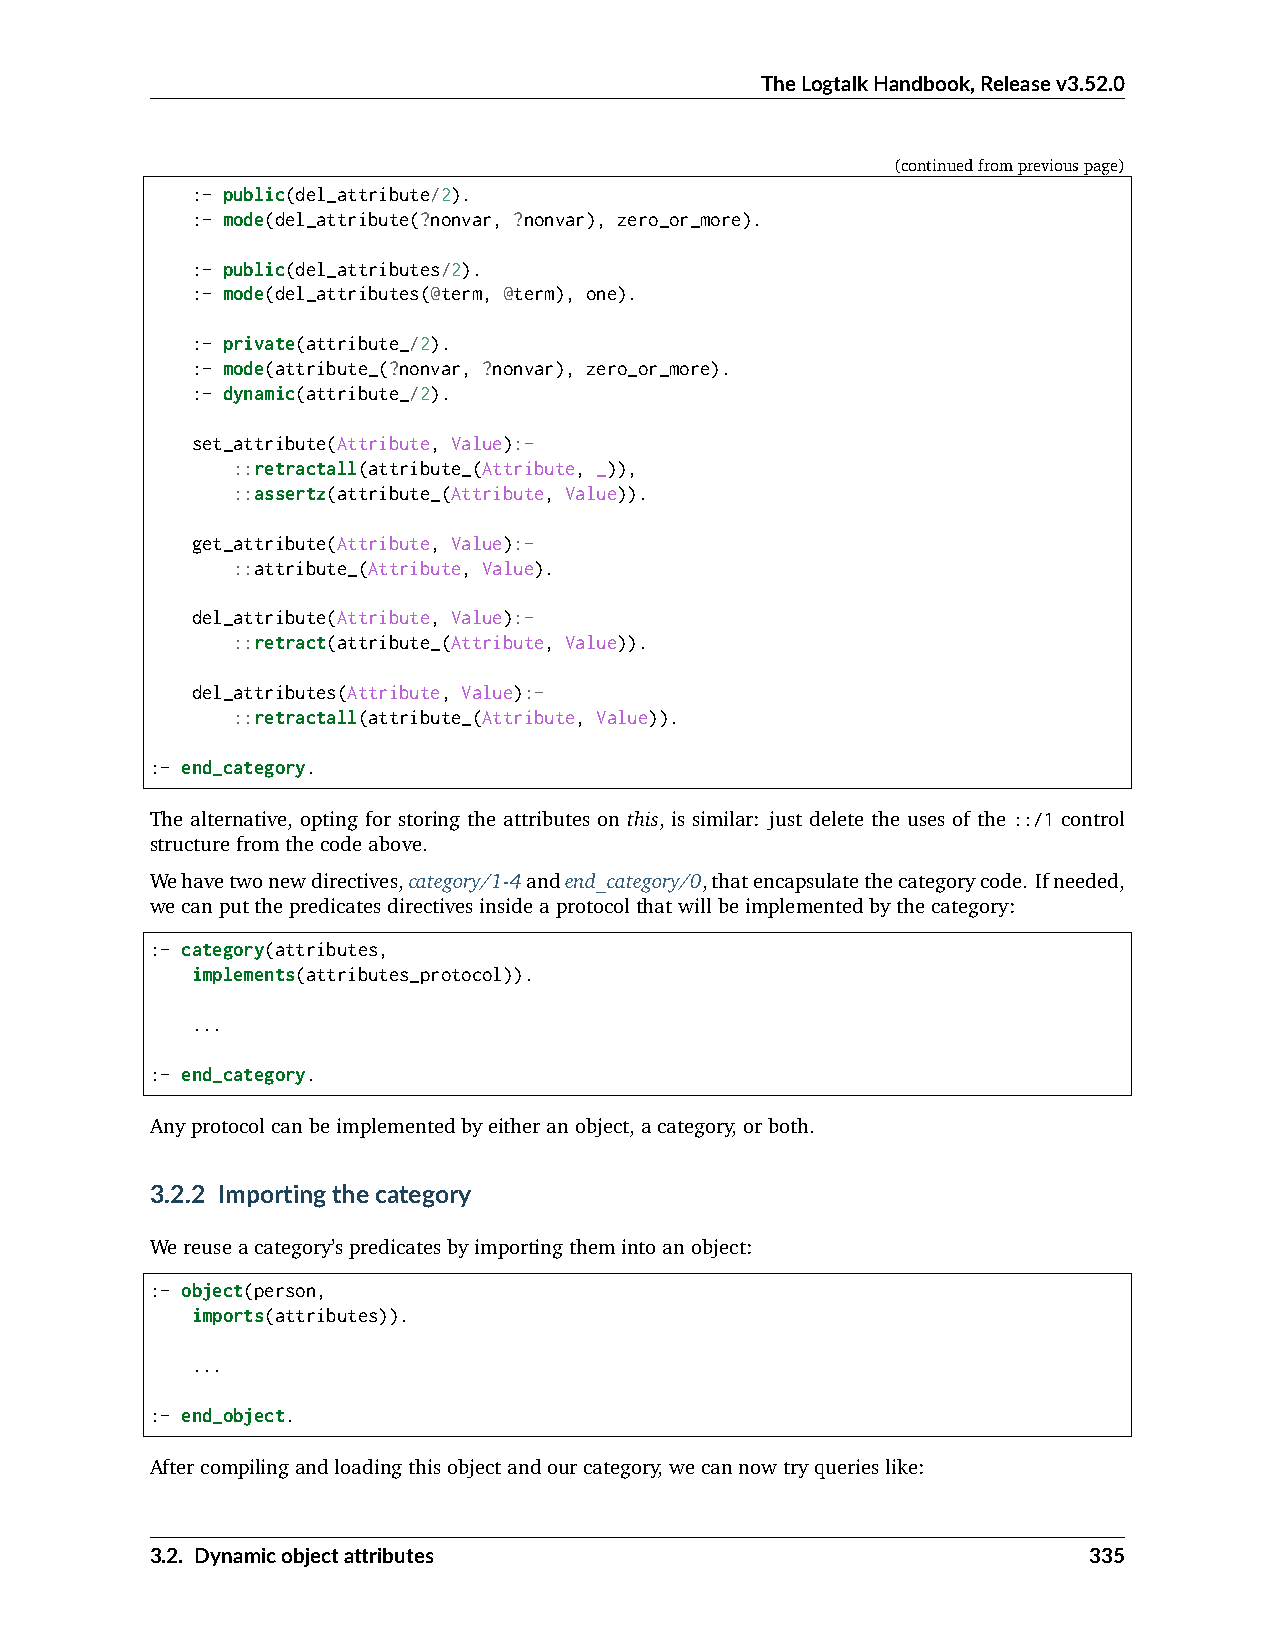
TheLogtalkHandbook,Releasev3.52.0
 (continuedfrompreviouspage)
 :- public(del_attribute/2).
 :- mode(del_attribute(?nonvar, ?nonvar), zero_or_more).
 :- public(del_attributes/2).
 :- mode(del_attributes(@term, @term), one).
 :- private(attribute_/2).
 :- mode(attribute_(?nonvar, ?nonvar), zero_or_more).
 :- dynamic(attribute_/2).
 set_attribute(Attribute, Value):-
 ::retractall(attribute_(Attribute, _)),
 ::assertz(attribute_(Attribute, Value)).
 get_attribute(Attribute, Value):-
 ::attribute_(Attribute, Value).
 del_attribute(Attribute, Value):-
 ::retract(attribute_(Attribute, Value)).
 del_attributes(Attribute, Value):-
 ::retractall(attribute_(Attribute, Value)).
 :- end_category.
 The alternative, opting for storing the attributes on this, is similar: just delete the uses of the ::/1 control
 structurefromthecodeabove.
 Wehavetwonewdirectives,category/1-4andend_category/0,thatencapsulatethecategorycode. Ifneeded,
 wecanputthepredicatesdirectivesinsideaprotocolthatwillbeimplementedbythecategory:
 :- category(attributes,
 implements(attributes_protocol)).
 ...
 :- end_category.
 Anyprotocolcanbeimplementedbyeitheranobject,acategory,orboth.
 3.2.2 Importingthecategory
 Wereuseacategory’spredicatesbyimportingthemintoanobject:
 :- object(person,
 imports(attributes)).
 ...
 :- end_object.
 Aftercompilingandloadingthisobjectandourcategory,wecannowtryquerieslike:
 3.2. Dynamicobjectattributes                                  335